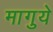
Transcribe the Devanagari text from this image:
मागुये